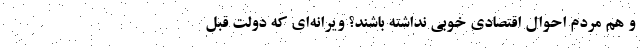
و هم مردم احوال اقتصادی خوبی نداشته باشند؟ ویرانه‌ای که دولت قبل